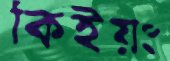
কিইয়ং